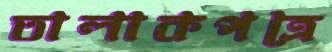
তালাকপত্রে